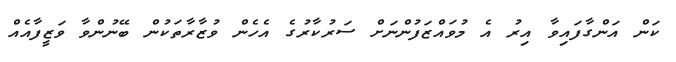
ކަން އަންގާފައިވާ އިރު އެ މުވައްޒަފުންނަށް ސަރުކާރުގެ އެހެން ވުޒާރާތަކުން ބޭނުންވާ ވަޒީފާއެއް